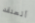
أتعتقد